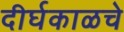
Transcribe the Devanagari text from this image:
दीर्घकाळचे